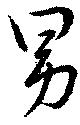
男